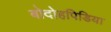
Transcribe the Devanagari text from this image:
बोदोहपिडिया